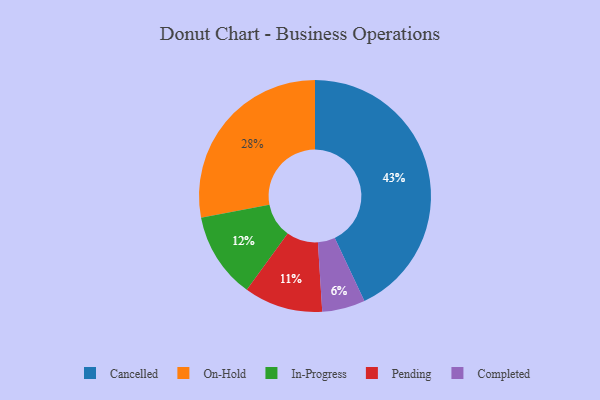
{"axis": {"x": "Category", "y": "Percentage"}, "legend": ["Cancelled", "Completed", "In-Progress", "On-Hold", "Pending"], "data": [{"x": "On-Hold", "y": 28, "type": "On-Hold"}, {"x": "Completed", "y": 6, "type": "Completed"}, {"x": "In-Progress", "y": 12, "type": "In-Progress"}, {"x": "Cancelled", "y": 43, "type": "Cancelled"}, {"x": "Pending", "y": 11, "type": "Pending"}]}